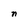
Character: n